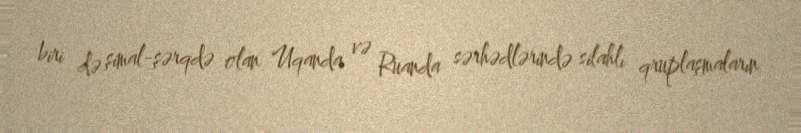
biri də şimal-şərqdə olan Uqanda və Ruanda sərhədlərində silahlı qruplaşmaların